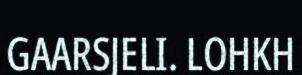
GAARSJELI. LOHKH